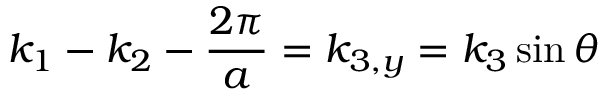
k _ { 1 } - k _ { 2 } - \frac { 2 \pi } { a } = k _ { 3 , y } = k _ { 3 } \sin \theta